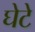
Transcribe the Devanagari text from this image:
घेटे